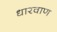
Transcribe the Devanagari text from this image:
धारवाण